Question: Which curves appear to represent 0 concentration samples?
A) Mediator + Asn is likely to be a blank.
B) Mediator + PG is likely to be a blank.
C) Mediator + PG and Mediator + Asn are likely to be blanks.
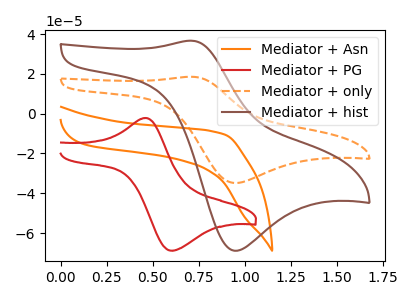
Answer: <think>The orange curve "Mediator + Asn" has no peaks. The red curve "Mediator + PG" has an anodic peak at (0.45V, -2.15uA) and a cathodic peak at (0.60V, -68.85uA). The orange dashed curve "Mediator + only" has an anodic peak at (0.70V, 18.55uA) and a cathodic peak at (0.95V, -34.85uA). The brown curve "Mediator + hist" has an anodic peak at (0.70V, 36.65uA) and a cathodic peak at (0.95V, -68.90uA).</think>
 <answer>A) "Mediator + Asn" is likely to be a blank.</answer>
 <eval>A</eval>